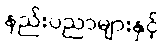
နည်းပညာများနှင့်